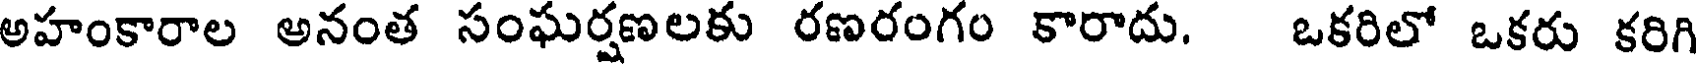
అహంకారాల అనంత సంఘర్షణలకు రణరంగం కారాదు. ఒకరిలో ఒకరు కరిగి